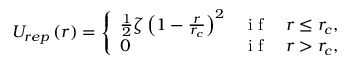
{ \cal U } _ { r e p } \left( r \right) = \left\{ \begin{array} { l l l } { \frac { 1 } { 2 } \zeta \left( 1 - \frac { r } { r _ { c } } \right) ^ { 2 } } & { \mathrm { ~ i ~ f ~ } } & { r \leq r _ { c } , } \\ { 0 } & { \mathrm { ~ i ~ f ~ } } & { r > r _ { c } , } \end{array} \right.